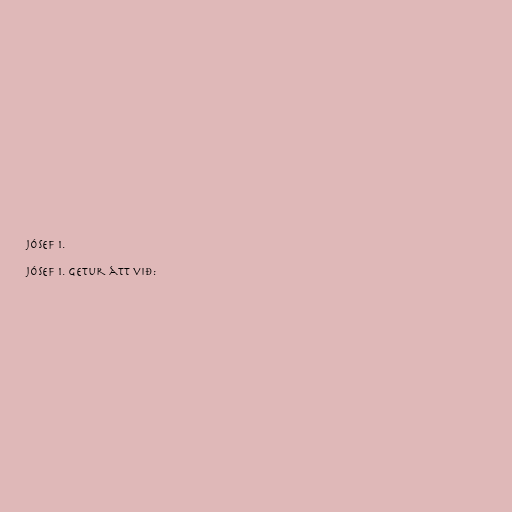
Jósef 1.

Jósef 1. getur átt við: